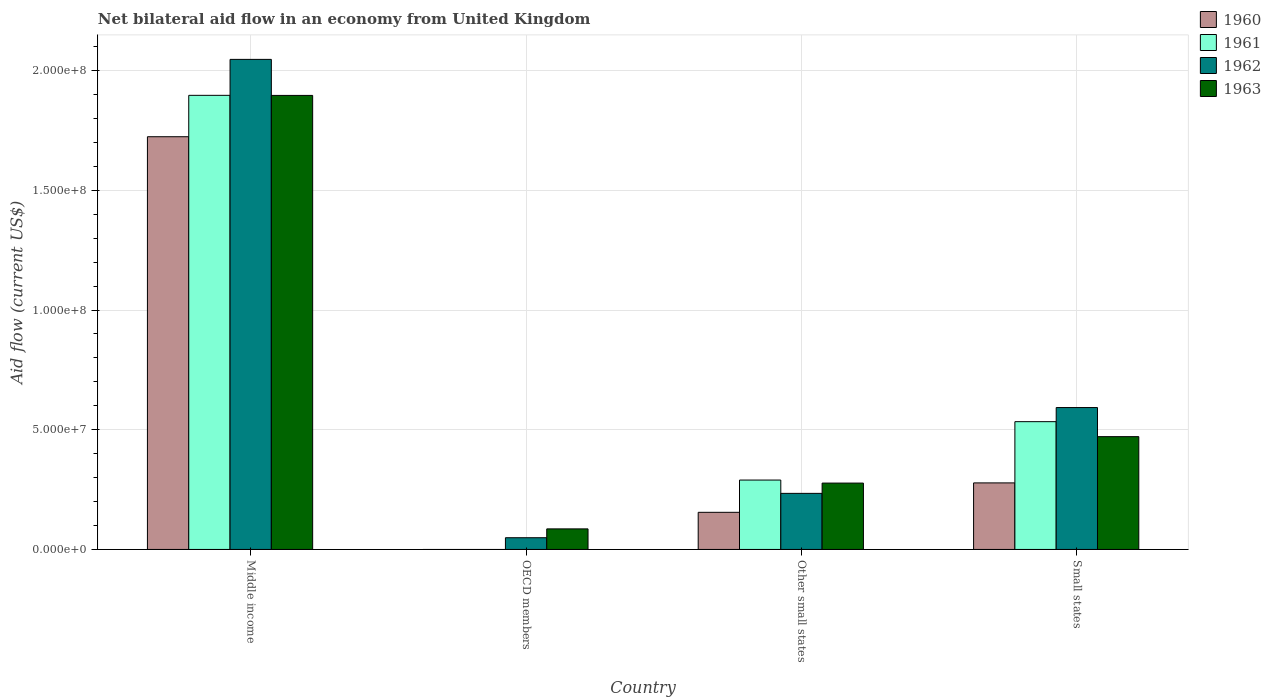
| Country | 1960 | 1961 | 1962 | 1963 |
 | --- | --- | --- | --- | --- |
 | Middle income | 1.72e+08 | 1.9e+08 | 2.05e+08 | 1.9e+08 |
 | OECD members | -2.37e+06 | -5.8e+05 | 4.9e+06 | 8.59e+06 |
 | Other small states | 1.55e+07 | 2.9e+07 | 2.34e+07 | 2.77e+07 |
 | Small states | 2.78e+07 | 5.34e+07 | 5.93e+07 | 4.71e+07 |